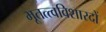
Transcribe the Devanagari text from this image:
भूतत्त्वविशारदों